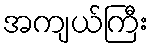
အကျယ်ကြီး